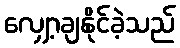
လျှော့ချနိုင်ခဲ့သည်